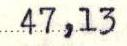
47,13